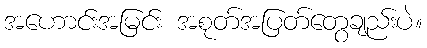
အဟောင်းအမြင်း အစုတ်အပြတ်တွေချည်းပဲ။